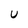
Character: U